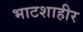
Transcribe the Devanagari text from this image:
भाटशाहीर